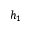
h _ { 1 }